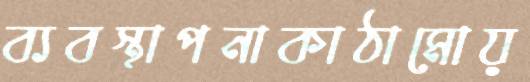
ব্যবস্থাপনাকাঠামোয়